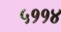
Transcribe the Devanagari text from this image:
५११४